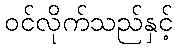
ဝင်လိုက်သည်နှင့်